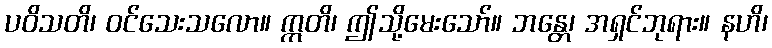
ပဝိသတိ၊ ဝင်သေးသလော။ ဣတိ၊ ဤသို့မေးသော်။ ဘန္တေ၊ အရှင်ဘုရား။ နဟိ၊